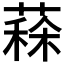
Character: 𦸸